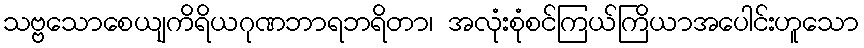
သဗ္ဗသောစေယျကိရိယဂုဏဘာရဘရိတာ၊ အလုံးစုံစင်ကြယ်ကြိယာအပေါင်းဟူသော